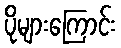
ပိုများကြောင်း